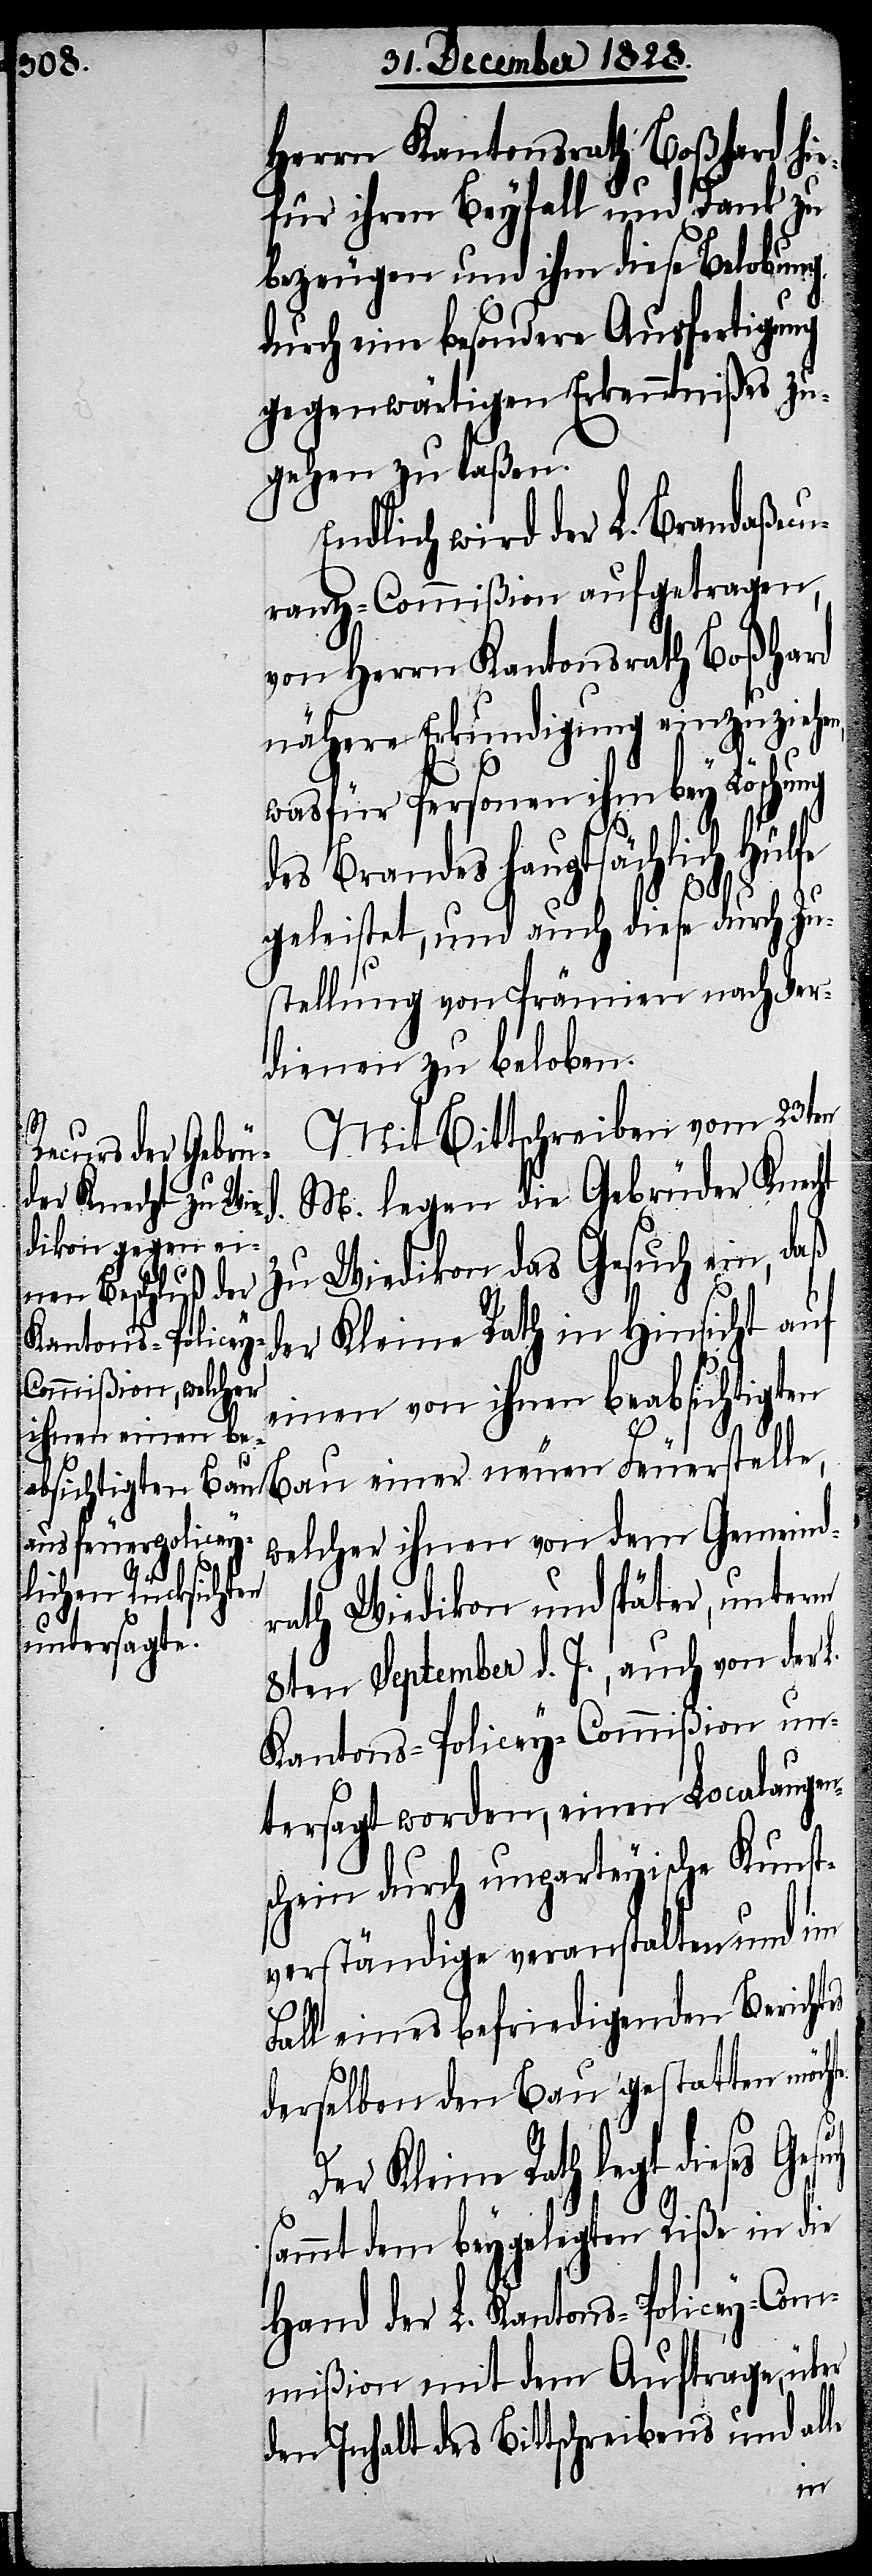
Herrn Kantonsrath Boßhard hi¬
efür ihren Beyfall und Dank zu
bezeugen und ihm diese Belobung,
durch eine besondere Ausfertigung
gegenwärtigen Erkenntnißes zu¬
gehen zu laßen.
Endlich wird der L. Brandaßecu¬
ranz-Commißion aufgetragen,
von Herrn Kantonsrath Boßhard
nähere Erkundigung einzuziehe¬
wasfür Personen ihm bey Löschung
des Brandes hauptsächlich Hülfe
geleistet, und auch diese durch Zu¬
stellung von Prämien nach Ver¬
dienen zu beloben.
Mit Bittschreiben vom 23ten
M. legen die Gebrüder Knecht
zu Wiedikon das Gesuch ein, daß
der Kleine Rath in Hinsicht auf
einen von ihnen beabsichtigten
Bau einer neuen Feuerstelle,
welcher ihnen von dem Gemeind¬
rath Wiedikon und später, unterm
8ten September d. J., auch von der L.
Kantons-Policey-Commißion un¬
tersagt worden, einen Localaugen¬
schein durch unparteyische Kunst¬
verständige veranstalten und im
Fall eines befriedigenden Bericht¬
derselben den Bau gestatten möch¬
te.
Der Kleine Rath legt dieses Gesuch
sammt dem beygelegten Riße in die
Hand der L. Kantons-Policey-Com¬
mißion mit dem Auftrage, über
den Inhalt des Bittschreibens und alle
es